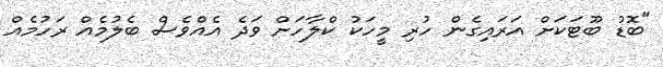
"ބޮޑު ބޫޓަކަށް އަރައިގެން ހުރި މީހަކު ކްލާހަށް ވަދެ އެއްވެސް ބެލުމެއް ރަހުމެއް